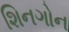
શિનગોન